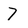
Character: 7